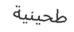
طحينية